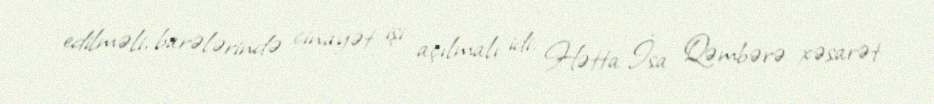
edilməli, barələrində cinayət işi açılmalı idi. Hətta İsa Qəmbərə xəsarət